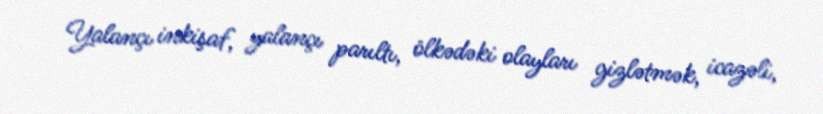
Yalançı inkişaf, yalançı parıltı, ölkədəki olayları gizlətmək, icazəli,